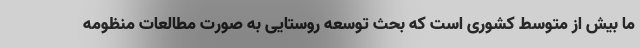
ما بیش از متوسط کشوری است که بحث توسعه روستایی به صورت مطالعات منظومه